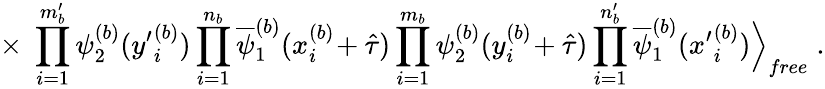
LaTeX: \times\; \prod_{i=1}^{m_{b}^{\prime}}\psi_{2}^{(b)}({y^{\prime}}_{i}^{(b)})\prod_{i=1}^{n_{b}}\overline{{{\psi}}}_{1}^{(b)}(x_{i}^{(b)}\! +\hat{\tau})\prod_{i=1}^{m_{b}}\psi_{2}^{(b)}(y_{i}^{(b)}\! +\hat{\tau})\prod_{i=1}^{n_{b}^{\prime}}\overline{{{\psi}}}_{1}^{(b)}({x^{\prime}}_{i}^{(b)})\Big\rangle_{free}\; .